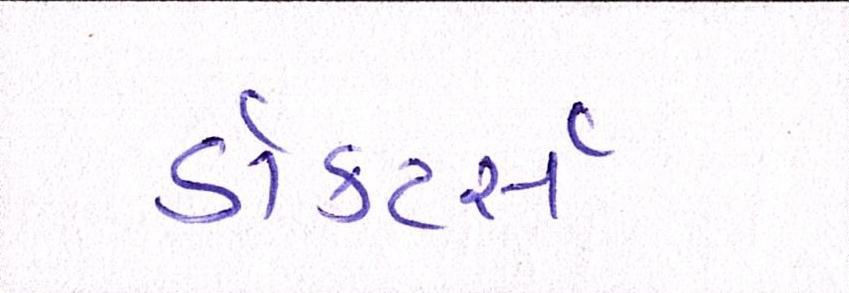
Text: ડૉક્ટર્સ